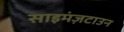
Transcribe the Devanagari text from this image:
साइमंज़टाउन